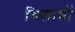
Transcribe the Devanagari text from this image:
बिलावों